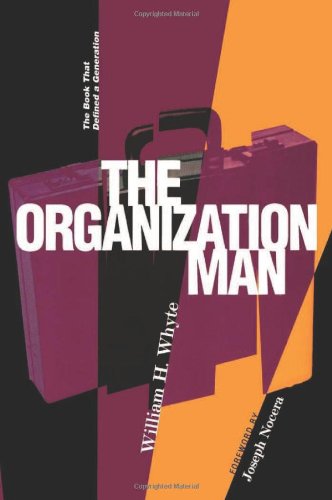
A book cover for The Organization Man; William H. Whyte; Business & Money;